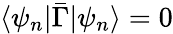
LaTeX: \langle\psi_{n}|\bar{\Gamma}|\psi_{n}\rangle=0